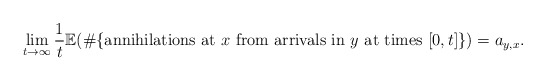
\begin{align*}\lim_{t\to\infty}\frac{1}{t}\mathbb{E}(\#\{\mbox{annihilations at $x$ from arrivals in $y$ at times $[0,t]$}\})=a_{y,x}.\end{align*}